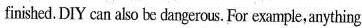
finished. DIY can also be dangerous.For example,anything